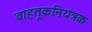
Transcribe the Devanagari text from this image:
वाहतूकनियंत्रक